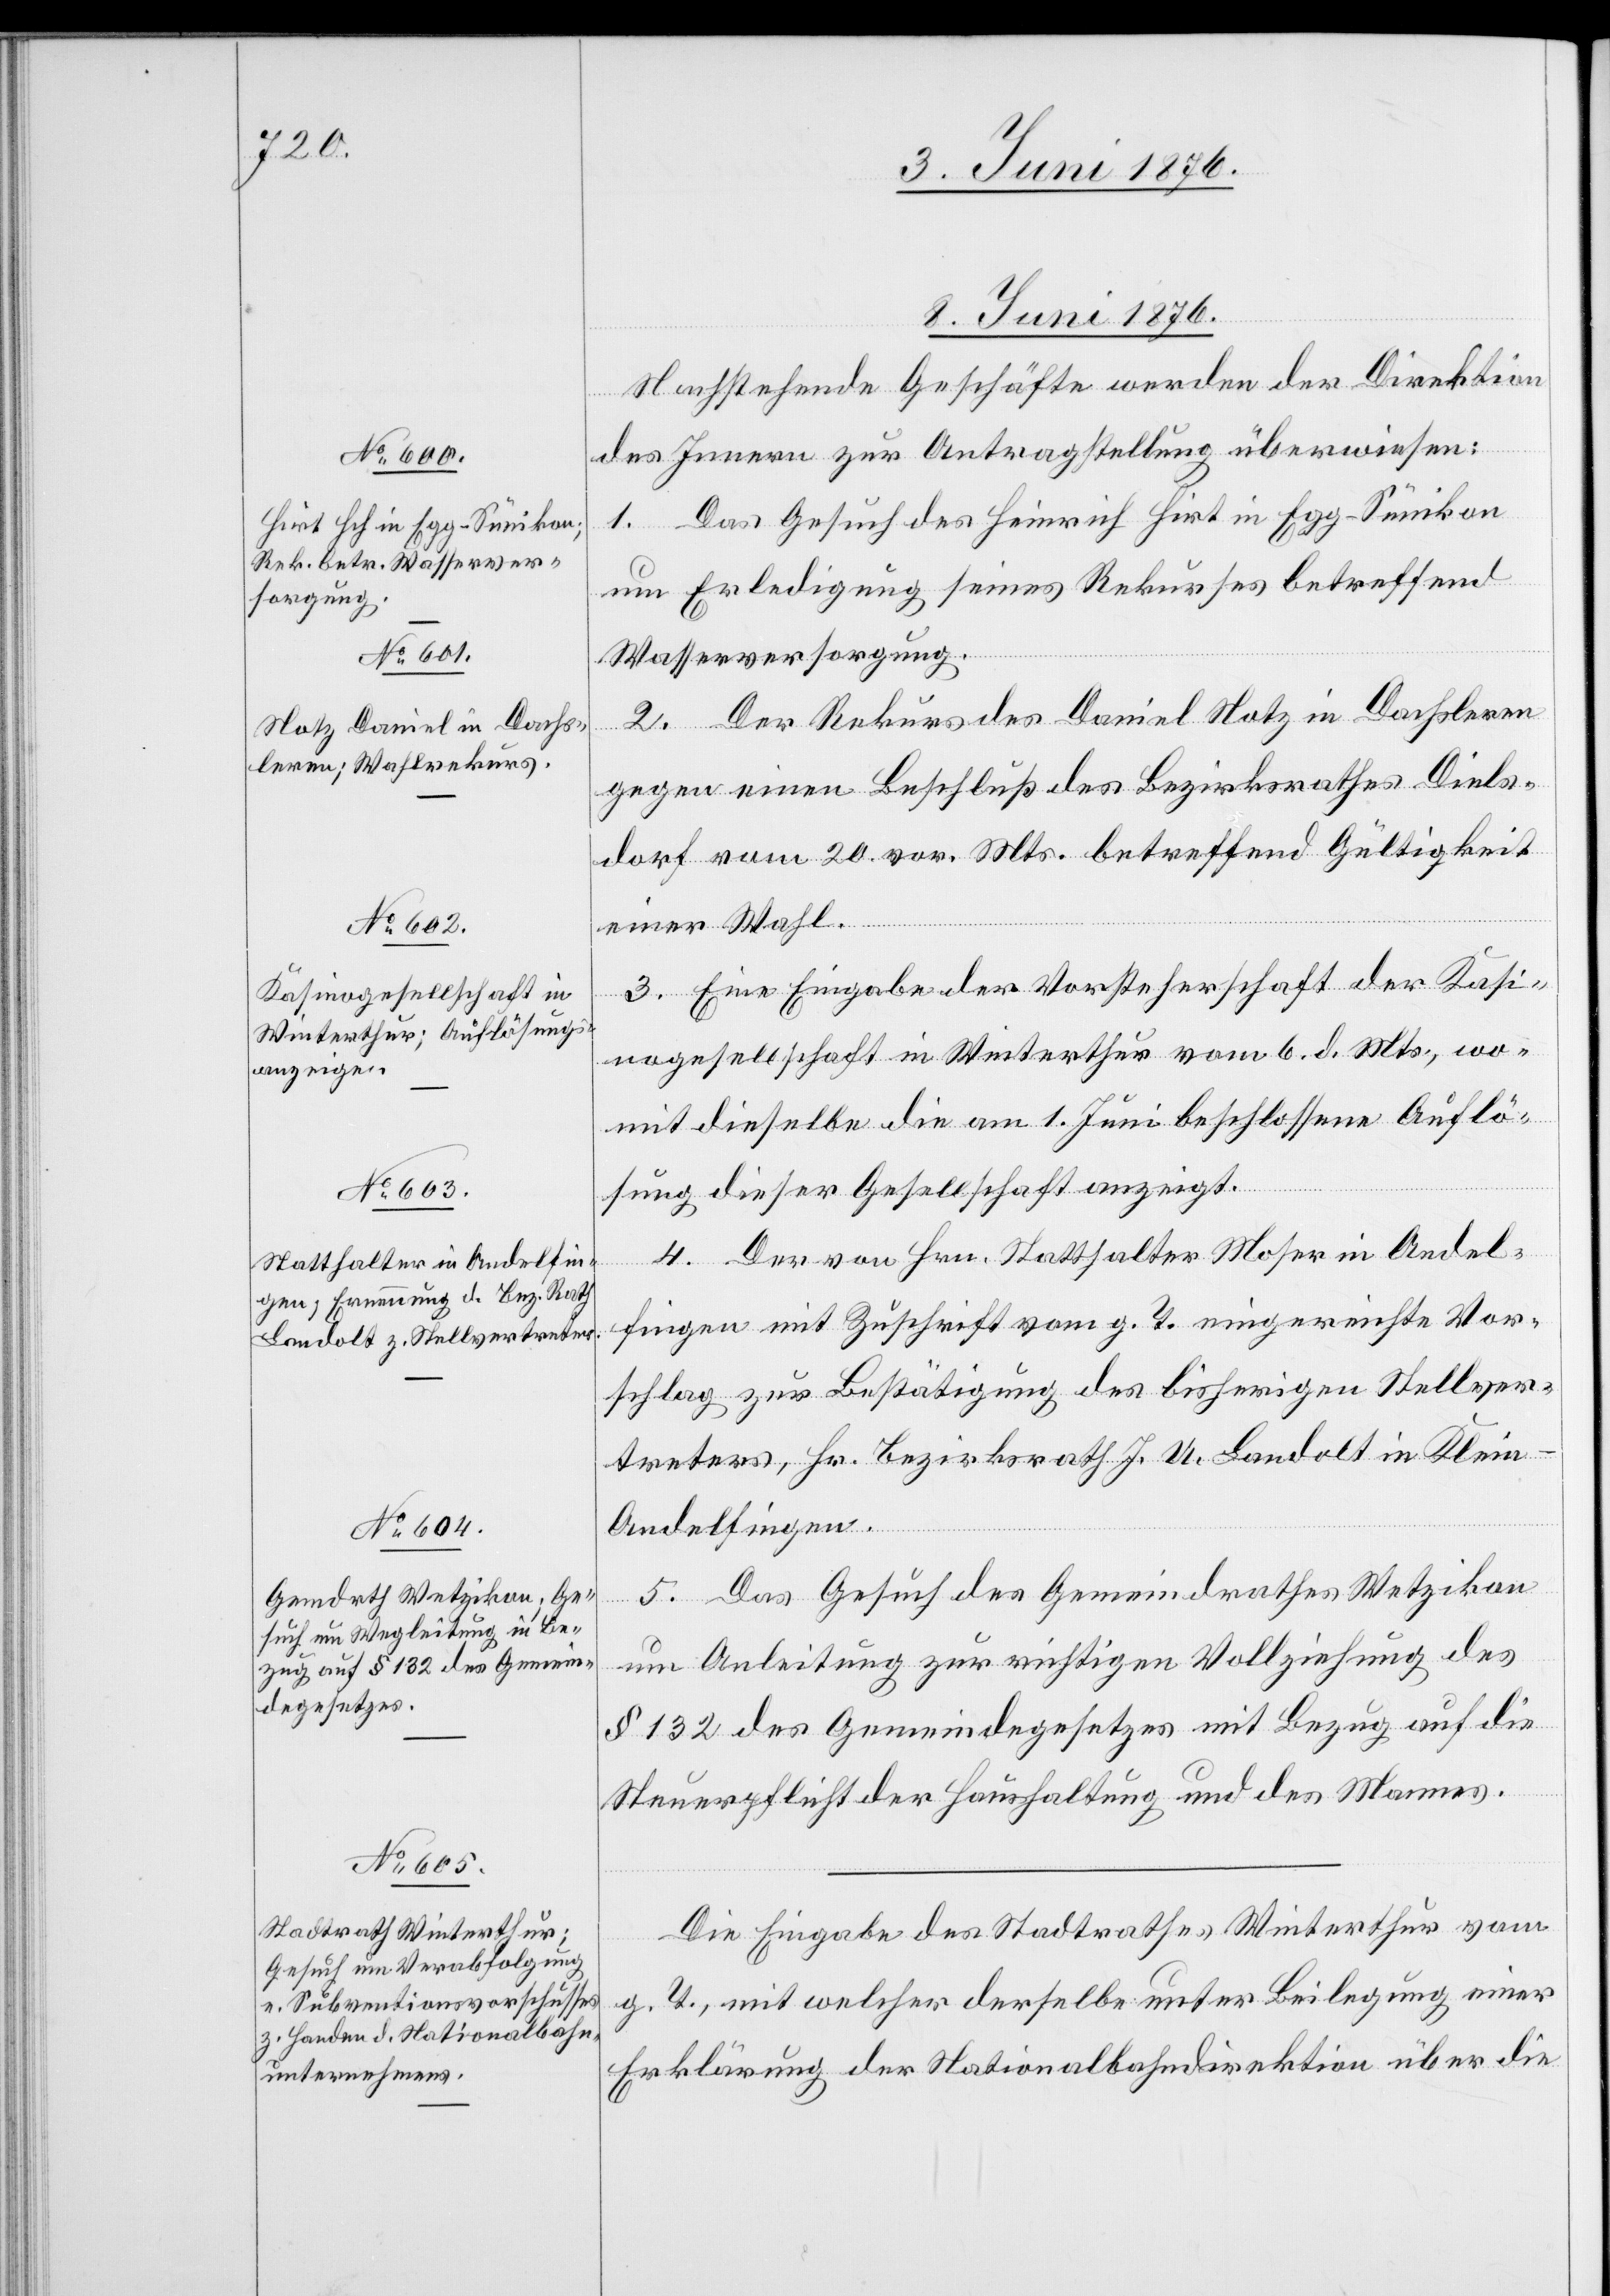
8. Juni 1876.]
Nachstehende Geschäfte werden der Direktion
des Innern zur Antragstellung überwiesen:
1. Das Gesuch des Heinrich Hirt in Egg - Sünikon
um Erledigung seines Rekurses betreffend
Wasserversorgung.
2. Der Rekurs des Daniel Notz in Dachsleren
gegen einen Beschluß des Bezirksrathes Diels¬
dorf vom 20. vor. Mts. betreffend Gültigkeit
einer Wahl.
3. Eine Eingabe der Vorsteherschaft der Kasi¬
nogesellschaft in Winterthur vom 6. d. Mts., wo¬
mit dieselbe die am 1. Juni beschlossene Auflö¬
sung dieser Gesellschaft anzeigt.
4. Der von Hrn. Statthalter Moser in Andel¬
fingen mit Zuschrift vom g. T. eingereichte Vor¬
schlag zur Bestätigung des bisherigen Stellver¬
treters, Hr. Bezirksrath J. U. Landolt in Klei¬
n-Andelfingen.
5. Das Gesuch des Gemeindrathes Wetzikon
um Anleitung zur richtigen Vollziehung des
§ 132 des Gemeindegesetzes mit Bezug auf die
Steuerpflicht der Haushaltung und des Mannes.
Die Eingabe des Stadtrathes Winterthur vom
g. T., mit welcher derselbe unter Beilegung einer
Erklärung der Nationalbahndirektion über die